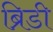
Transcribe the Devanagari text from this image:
ब्रिडी